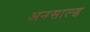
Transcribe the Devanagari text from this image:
अनसाल्ड